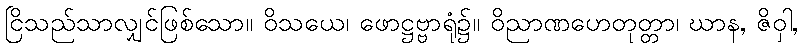
ငြိသည်သာလျှင်ဖြစ်သော။ ဝိသယေ၊ ဖောဋ္ဌဗ္ဗာရုံ၌။ ဝိညာဏဟေတုတ္တာ၊ ဃာန, ဇိဝှါ,